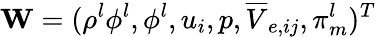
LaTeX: \mathbf{W}=(\rho^{l}\phi^{l},\phi^{l},u_{i},p,\overline{{V}}_{e,ij},\pi_{m}^{l})^{T}